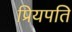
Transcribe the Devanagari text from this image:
प्रियपति